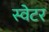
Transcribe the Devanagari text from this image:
स्‍वेटर